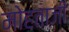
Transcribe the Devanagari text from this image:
मोहताजी